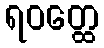
ရဝတ္ထေ